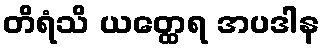
တိရံသိ ယတ္ထေရ အပဒါန